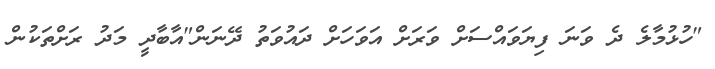
"ހުޅުމާލެ ދެ ވަނަ ފިޔަވައްސަށް ވަރަށް އަވަަހަށް ދައުވަތު ދޭނަން"އާބާދީ މަދު ރަށްތަކުން